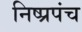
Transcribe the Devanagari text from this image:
निष्प्रपंच